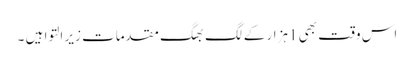
اس وقت بھی 1ہزار کے لگ بھگ مقدمات زیر التوا ہیں ۔